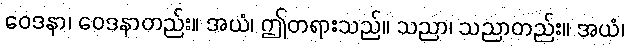
ဝေဒနာ၊ ဝေဒနာတည်း။ အယံ၊ ဤတရားသည်။ သညာ၊ သညာတည်း။ အယံ၊